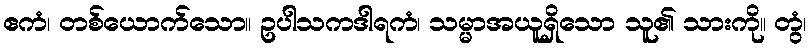
ဧကံ၊ တစ်ယောက်သော။ ဥပါသကဒါရကံ၊ သမ္မာအယူရှိသော သူ၏ သားကို။ တွံ၊